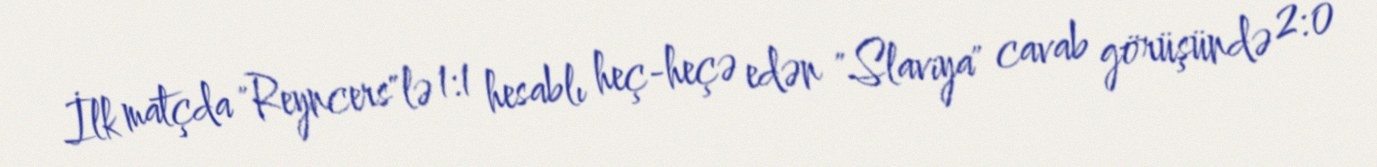
İlk matçda "Reyncers"lə 1:1 hesablı heç-heçə edən "Slaviya" cavab görüşündə 2:0